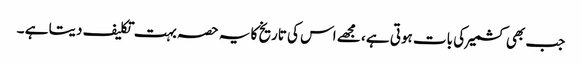
جب بھی کشمیر کی بات ہوتی ہے ، مجھے اس کی تاریخ کا یہ حصہ بہت تکلیف دیتا ہے ۔